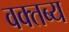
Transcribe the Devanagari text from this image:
वक्‍तब्‍य